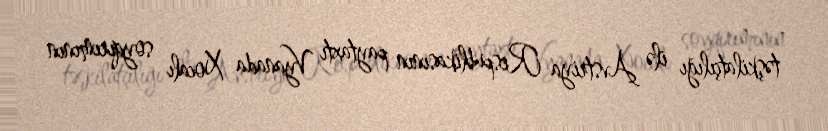
təşkilatçılığı ilə Avstriya Respublikasının paytaxtı Vyanada Xocalı soyqırımının